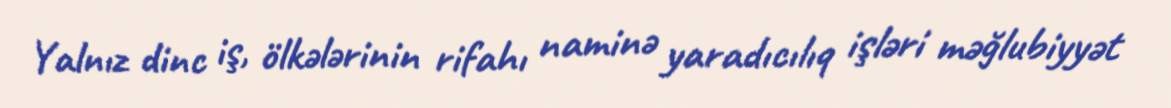
Yalnız dinc iş, ölkələrinin rifahı naminə yaradıcılıq işləri məğlubiyyət